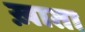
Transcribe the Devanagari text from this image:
ख़ाता